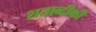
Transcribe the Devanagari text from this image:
शताब्दीकी